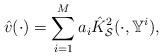
LaTeX: \begin{align*}\hat v (\cdot) = \sum_{i=1}^M a_i \hat K^2_{\mathcal{S}}(\cdot, \mathbb{Y}^i), \end{align*}